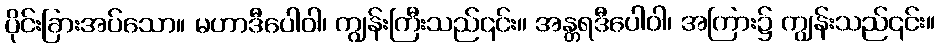
ပိုင်းခြားအပ်သော။ မဟာဒီပေါဝါ၊ ကျွန်းကြီးသည်၎င်း။ အန္တရဒီပေါဝါ၊ အကြား၌ ကျွန်းသည်၎င်း။